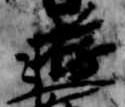
遊